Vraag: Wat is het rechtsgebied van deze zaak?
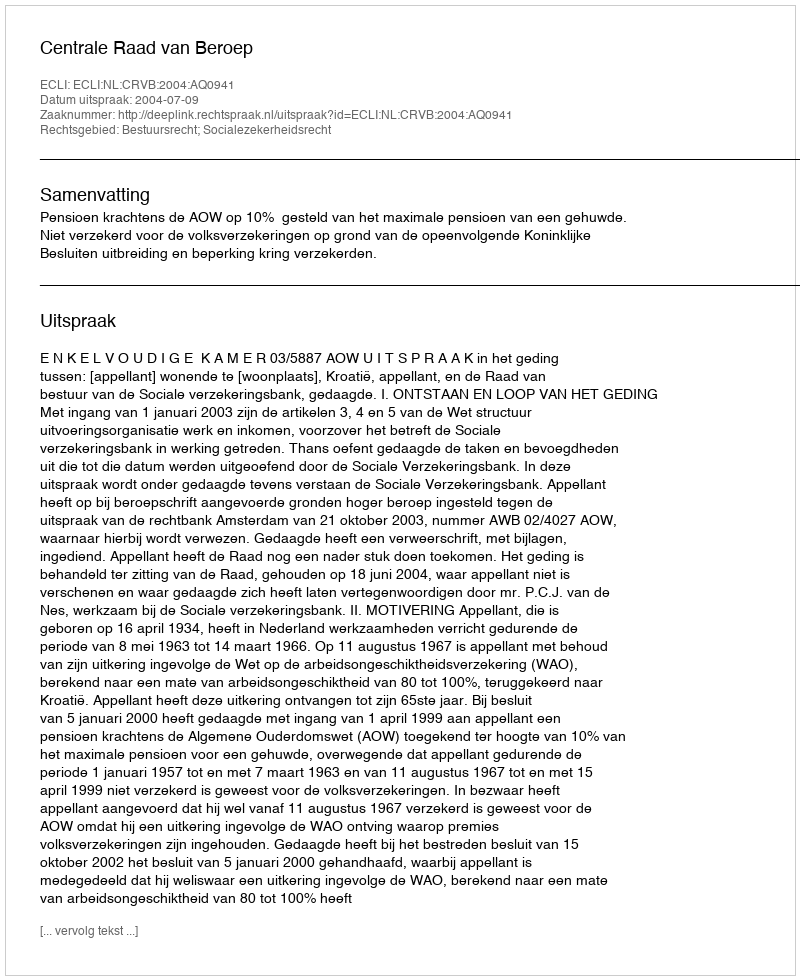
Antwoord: Bestuursrecht; Socialezekerheidsrecht